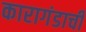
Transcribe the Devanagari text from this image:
कारागंडाची